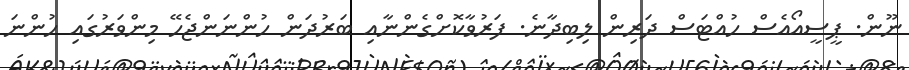
ނޫން. ޕީސީއޯއެސް ހުއްޓަސް ދަރިން ލިބިދާނެ. ފަރުވާކޮށްގެންނާއި ބަރުދަން ހުންނަންޖެހޭ މިންވަރުގައި ހުންނަ